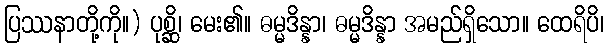
ပြဿနာတို့ကို။) ပုစ္ဆိ၊ မေး၏။ ဓမ္မဒိန္နာ၊ ဓမ္မဒိန္နာ အမည်ရှိသော။ ထေရိပိ၊